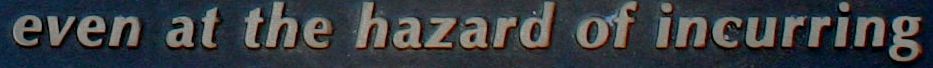
even at the hazard of incurring